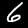
Label: 6